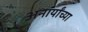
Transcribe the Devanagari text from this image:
अनार्यांच्या